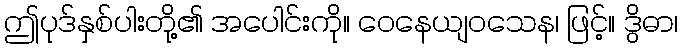
ဤပုဒ်နှစ်ပါးတို့၏ အပေါင်းကို။ ဝေနေယျဝသေန၊ ဖြင့်။ ဒွိဓာ၊